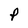
Character: P